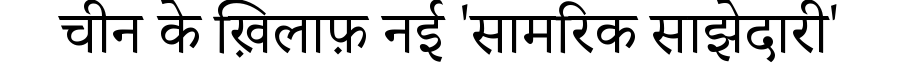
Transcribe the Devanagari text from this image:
चीन के ख़िलाफ़ नई 'सामरिक साझेदारी'